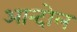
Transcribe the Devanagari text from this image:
आन्दोल